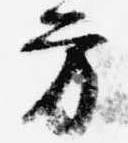
方